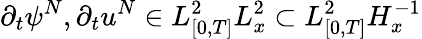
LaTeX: \partial_{t}\psi^{N},\partial_{t}u^{N}\in L_{[0,T]}^{2}L_{x}^{2}\subset L_{[0,T]}^{2}H_{x}^{-1}